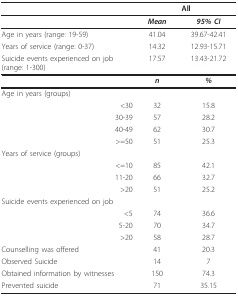
<table><thead><tr><td></td><td></td><td><b>All</b></td></tr></thead><tbody><tr><td></td><td><b><i>Mean</i></b></td><td><b><i>95% CI</i></b></td></tr><tr><td>Age in years (range: 19-59)</td><td>41.04</td><td>39.67-42.41</td></tr><tr><td>Years of service (range: 0-37)</td><td>14.32</td><td>12.93-15.71</td></tr><tr><td>Suicide events experienced on job(range: 1-300)</td><td>17.57</td><td>13.43-21.72</td></tr><tr><td></td><td><b><i>n</i></b></td><td><b><i>%</i></b></td></tr><tr><td>Age in years (groups)</td><td></td><td></td></tr><tr><td>&lt;30</td><td>32</td><td>15.8</td></tr><tr><td>30-39</td><td>57</td><td>28.2</td></tr><tr><td>40-49</td><td>62</td><td>30.7</td></tr><tr><td>&gt;=50</td><td>51</td><td>25.3</td></tr><tr><td>Years of service (groups)</td><td></td><td></td></tr><tr><td>&lt;=10</td><td>85</td><td>42.1</td></tr><tr><td>11-20</td><td>66</td><td>32.7</td></tr><tr><td>&gt;20</td><td>51</td><td>25.2</td></tr><tr><td>Suicide events experienced on job</td><td></td><td></td></tr><tr><td>&lt;5</td><td>74</td><td>36.6</td></tr><tr><td>5-20</td><td>70</td><td>34.7</td></tr><tr><td>&gt;20</td><td>58</td><td>28.7</td></tr><tr><td>Counselling was offered</td><td>41</td><td>20.3</td></tr><tr><td>Observed Suicide</td><td>14</td><td>7</td></tr><tr><td>Obtained information by witnesses</td><td>150</td><td>74.3</td></tr><tr><td>Prevented suicide</td><td>71</td><td>35.15</td></tr></tbody></table>